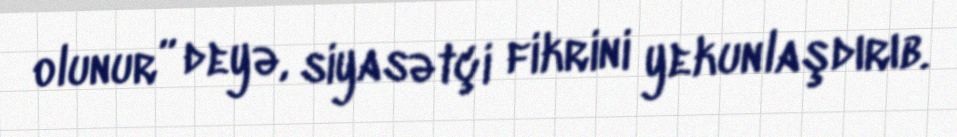
olunur” deyə, siyasətçi fikrini yekunlaşdırıb.